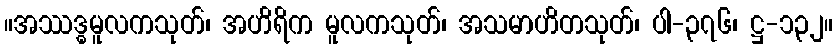
။အဿဒ္ဓမူလကသုတ်၊ အဟိရိက မူလကသုတ်၊ အသမာဟိတသုတ်၊ ပါ-၃၇၆၊ ဋ္ဌ-၁၃၂။